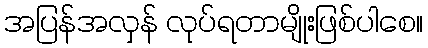
အပြန်အလှန် လုပ်ရတာမျိုးဖြစ်ပါစေ။